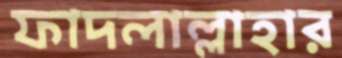
ফাদলাল্লাহার